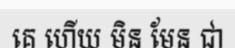
គេ ហើយ មិន មែន ជា